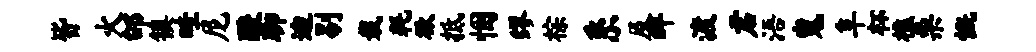
皆火邰镇畦尼酸聊迪剔栽耗欲抵悃缪棕系及畔渡君浯嵬阜杯樵栗慨